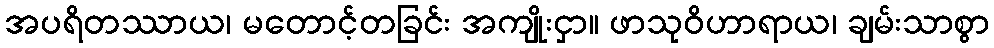
အပရိတဿာယ၊ မတောင့်တခြင်း အကျိုးငှာ။ ဖာသုဝိဟာရာယ၊ ချမ်းသာစွာ